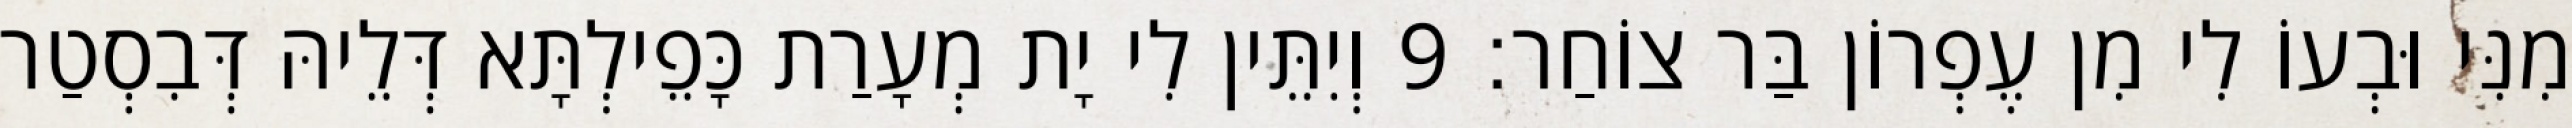
מִנִּי וּבְעוֹ לִי מִן עֶפְרוֹן בַּר צוֹחַר׃ 9 וְיִתֵּין לִי יָת מְעָרַת כָּפֵילְתָּא דְּלֵיהּ דְּבִסְטַר